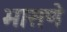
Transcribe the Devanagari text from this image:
भासणे